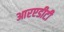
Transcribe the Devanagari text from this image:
आरएडीटी